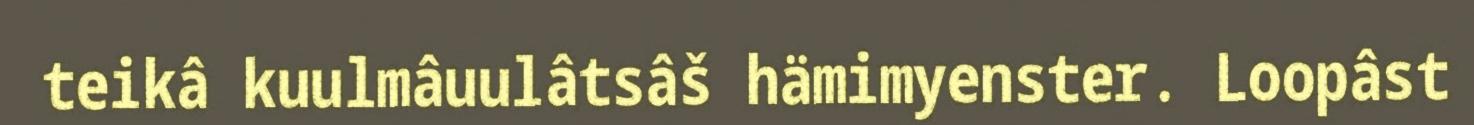
teikâ kuulmâuulâtsâš hämimyenster. Loopâst